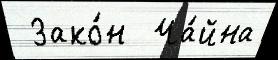
 Зако́н  Ча́йна